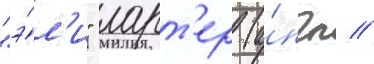
"э́л'и" ларт'ер (а́нгл //